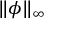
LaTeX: \| \phi \| _ { \infty }